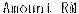
AMOUNT RM